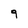
Character: 9